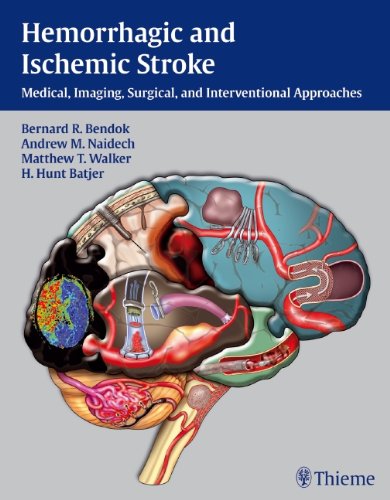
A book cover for Hemorrhagic and Ischemic Stroke: Medical, Imaging, Surgical and Interventional  Approaches; Health, Fitness & Dieting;